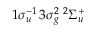
1 \sigma _ { u } ^ { - 1 } \, 3 \sigma _ { g } ^ { 2 } \; ^ { 2 } \Sigma _ { u } ^ { + }